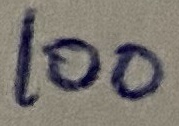
Text: 100